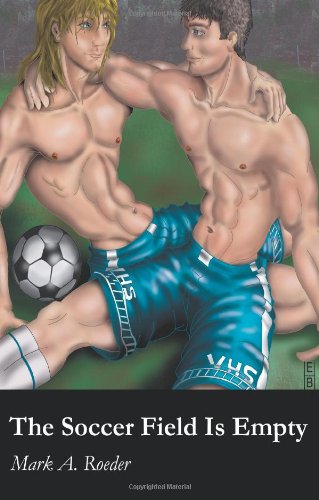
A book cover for The Soccer Field Is Empty; Mark Roeder; Gay & Lesbian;